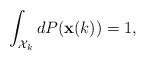
LaTeX: \begin{align*} \int_{{\mathcal{X}_{k}}}dP(\mathbf{x}(k))=1, \end{align*}